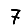
Digit: 7